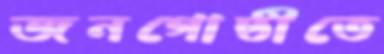
জনগোষ্ঠীতে